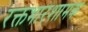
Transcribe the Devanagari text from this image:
रक्तभारशामक